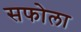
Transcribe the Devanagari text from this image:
सफोला